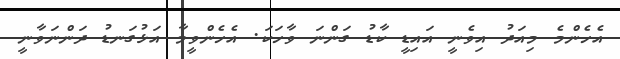
އެހެންމެ މިއަދު އިވެނީ އައިޑީ ކާޑު ގަންނަ ވާހަކަ. އެހެންވީމާ އަޅުގަނޑު ދަންނަވާނީ